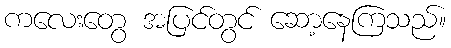
ကလေးတွေ အပြင်တွင် ဆော့နေကြသည်။